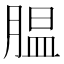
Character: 腽